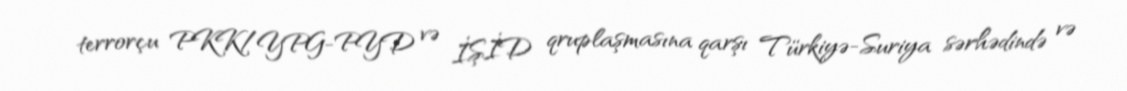
terrorçu PKK/YPG-PYD və İŞİD qruplaşmasına qarşı Türkiyə-Suriya sərhədində və